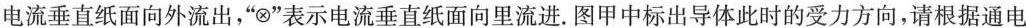
电流垂直纸面向外流出，”⊗”表示电流垂直纸面向里流进。图甲中标出导体此时的受力方向，请根据通电